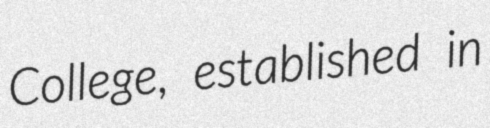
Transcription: College, established in